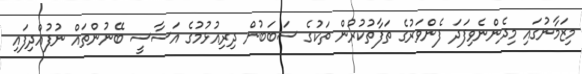
މިޒަމާނުގައި މިދެންނެވިފަދަ ފެންވަރުގެ ތަފާތުކުރުން ތަކުގެ ސަބަބުން ދިރިއުޅުމުގެ އަސާސީ ބޭނުންތައް ނުފުއްދިފައި